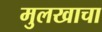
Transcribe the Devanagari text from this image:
मुलखाचा